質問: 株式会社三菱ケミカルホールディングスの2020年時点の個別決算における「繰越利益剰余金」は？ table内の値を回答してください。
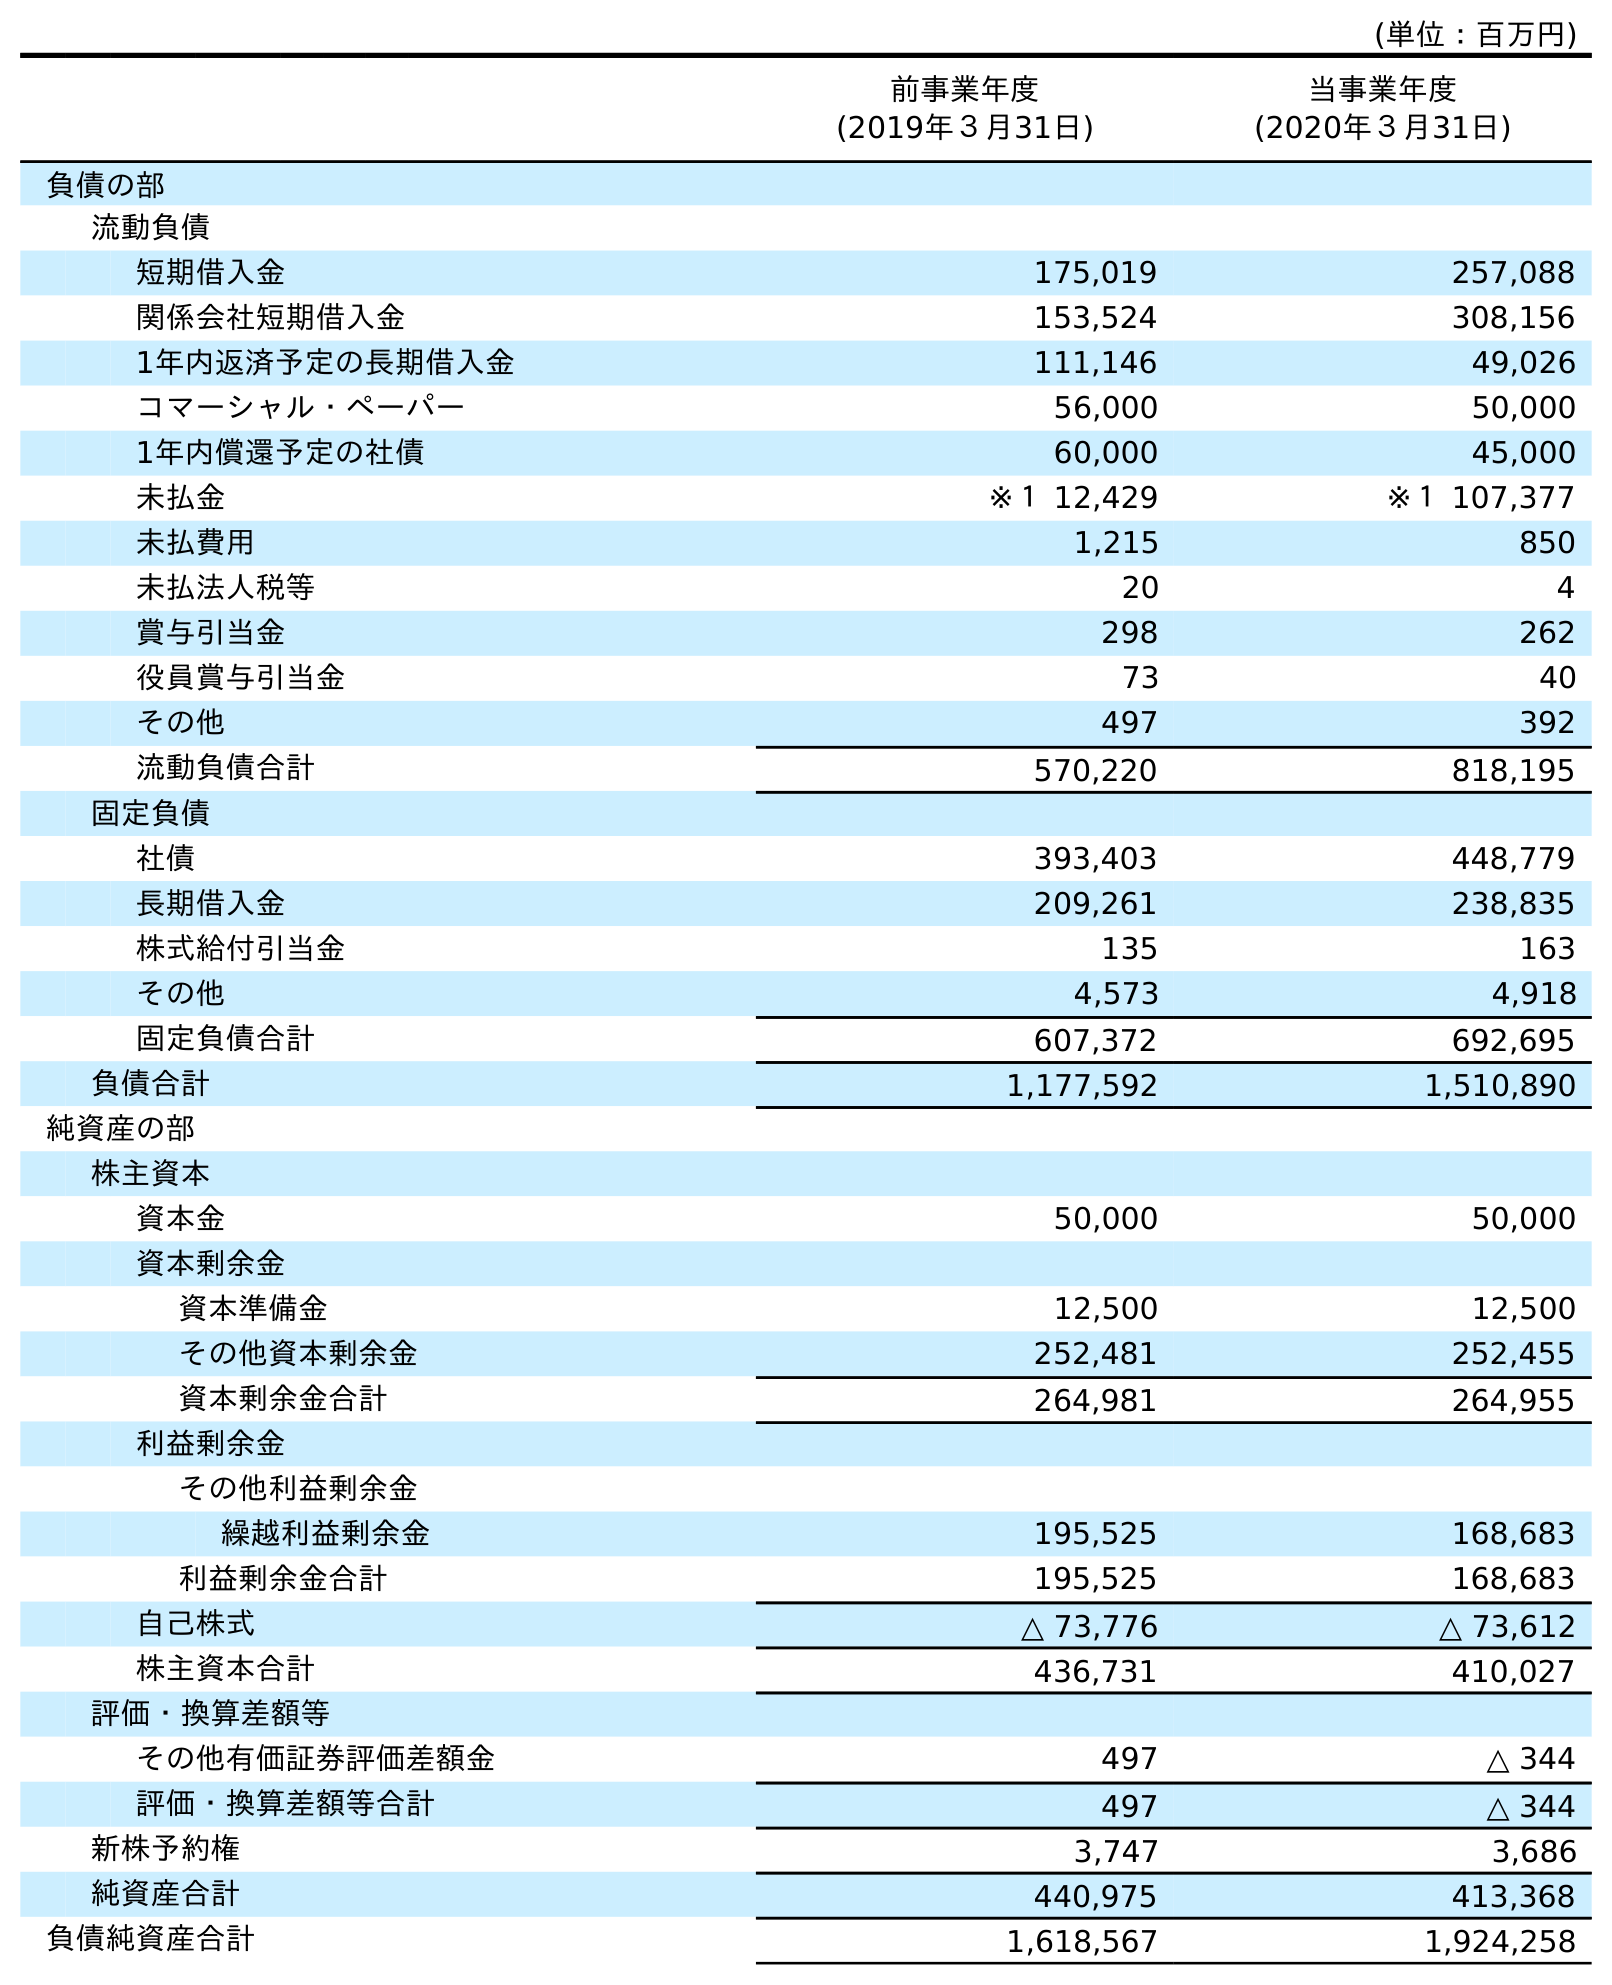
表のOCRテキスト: (単位：百万円) 前事業年度 (2019年３月31日) 当事業年度 (2020年３月31日) 負債の部 流動負債 短期借入金 175,019 257,088 関係会社短期借入金 153,524 308,156 1年内返済予定の長期借入金 111,146 49,026 コマーシャル・ペーパー 56,000 50,000 1年内償還予定の社債 60,000 45,000 未払金 ※１ 12,429 ※１ 107,377 未払費用 1,215 850 未払法人税等 20 4 賞与引当金 298 262 役員賞与引当金 73 40 その他 497 392 流動負債合計 570,220 818,195 固定負債 社債 393,403 448,779 長期借入金 209,261 238,835 株式給付引当金 135 163 その他 4,573 4,918 固定負債合計 607,372 692,695 負債合計 1,177,592 1,510,890 純資産の部 株主資本 資本金 50,000 50,000 資本剰余金 資本準備金 12,500 12,500 その他資本剰余金 252,481 252,455 資本剰余金合計 264,981 264,955 利益剰余金 その他利益剰余金 繰越利益剰余金 195,525 168,683 利益剰余金合計 195,525 168,683 自己株式 △ 73,776 △ 73,612 株主資本合計 436,731 410,027 評価・換算差額等 その他有価証券評価差額金 497 △ 344 評価・換算差額等合計 497 △ 344 新株予約権 3,747 3,686 純資産合計 440,975 413,368 負債純資産合計 1,618,567 1,924,258
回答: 168,683